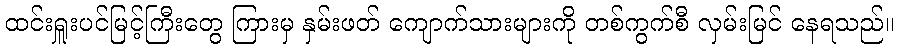
ထင်းရှူးပင်မြင့်ကြီးတွေ ကြားမှ နှမ်းဖတ် ကျောက်သားများကို တစ်ကွက်စီ လှမ်းမြင် နေရသည်။